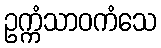
ဥက္ကံသာဝကံသေ